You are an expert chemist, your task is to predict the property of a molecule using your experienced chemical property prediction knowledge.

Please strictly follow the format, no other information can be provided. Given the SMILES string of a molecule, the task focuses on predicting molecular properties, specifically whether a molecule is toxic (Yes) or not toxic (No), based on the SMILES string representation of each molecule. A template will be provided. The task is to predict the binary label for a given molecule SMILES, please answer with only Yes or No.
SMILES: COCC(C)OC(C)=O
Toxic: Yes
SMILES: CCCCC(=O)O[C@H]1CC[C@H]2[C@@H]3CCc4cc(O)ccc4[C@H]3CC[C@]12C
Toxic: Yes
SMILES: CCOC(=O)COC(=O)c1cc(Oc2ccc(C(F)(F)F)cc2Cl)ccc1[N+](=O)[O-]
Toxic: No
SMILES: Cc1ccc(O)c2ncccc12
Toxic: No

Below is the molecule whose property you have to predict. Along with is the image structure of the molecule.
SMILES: Cc1c(Cn2ccnc2)c2ccccc2n1CCC(=O)O
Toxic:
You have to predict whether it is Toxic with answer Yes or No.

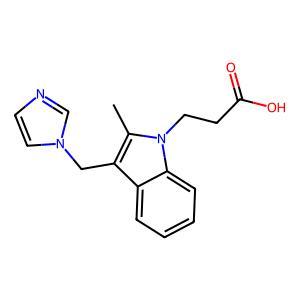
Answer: No